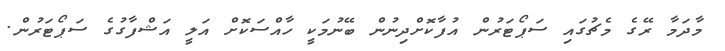
މާދަމާ ރޭގެ މެޗުގައި ސަޕޯޓަރުން އުފާކޮށްދިނުން ބޭނުމަކީ ހާއްސަކޮށް އަލީ އަޝްފާގުގެ ސަޕޯޓަރުން.